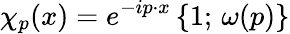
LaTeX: \chi_{p}(x)=e^{-ip\cdot x}\, \{ 1;\, \omega(p)\}